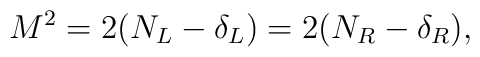
M^2 = 2 (N_L - \delta_L) = 2 (N_R - \delta_R),